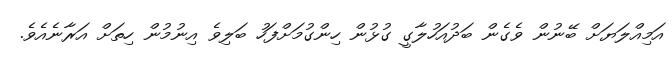
އަމިއްލަޔަށް ބޭނުން ވެގެން ބަދުއަހުލާގީ ގުޅުން ހިންގުމަށްފަހު ބަލިވެ އިނުމުން ހިތަށް އަރާނެއެވެ.